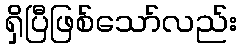
ရှိပြီဖြစ်သော်လည်း